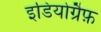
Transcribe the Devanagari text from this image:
इडियोग्रैफ़